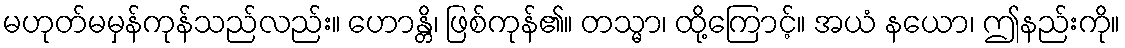
မဟုတ်မမှန်ကုန်သည်လည်း။ ဟောန္တိ၊ ဖြစ်ကုန်၏။ တသ္မာ၊ ထို့ကြောင့်။ အယံ နယော၊ ဤနည်းကို။